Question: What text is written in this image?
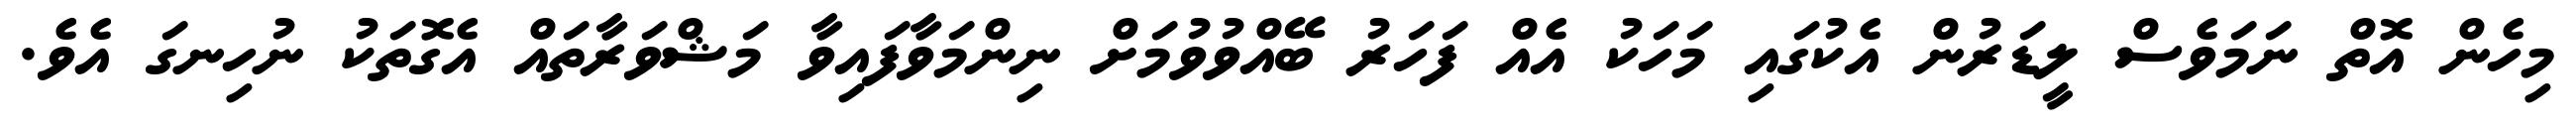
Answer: މިހެން އޮތް ނަމަވެސް ލީޑަރުން އެކުގައި މަހަކު އެއް ފަހަރު ބޭއްވުވުމަށް ނިންމަވާފައިވާ މަޝްވަރާތައް އެގޮތަކު ނުހިނގަ އެވެ.